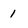
Character: 1